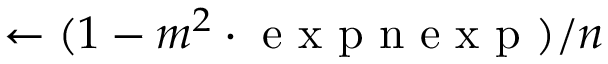
\leftarrow ( 1 - m ^ { 2 } \cdot \mathrm { ~ e ~ x ~ p ~ n ~ e ~ x ~ p ~ } ) / n